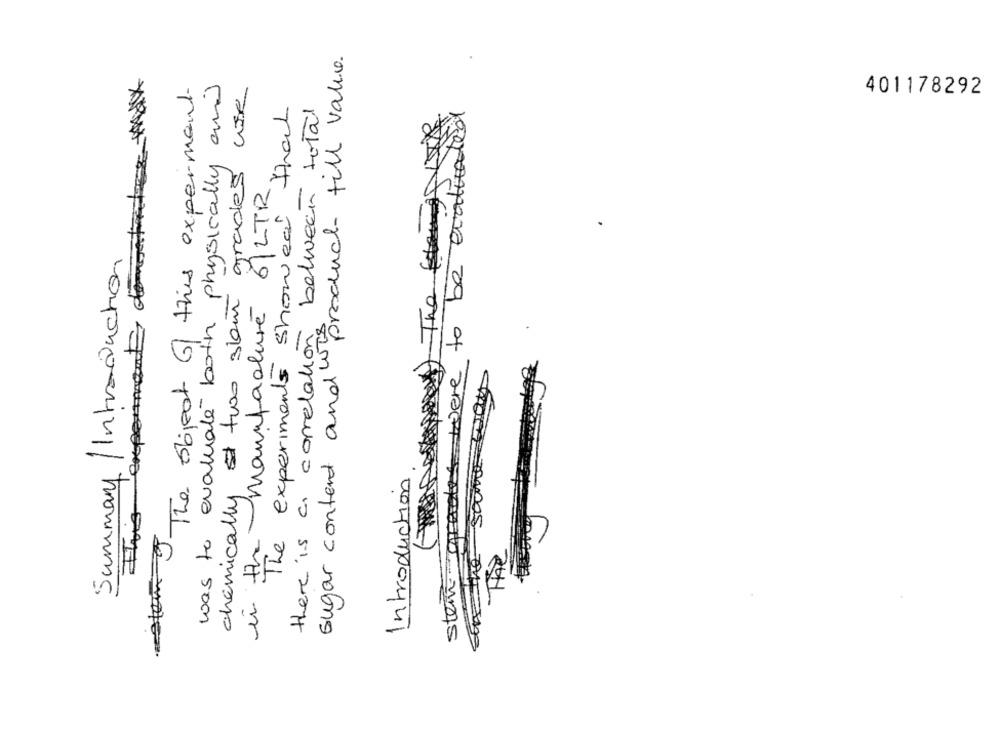
sugar content and" product full value.
This expenment, dontles Max
was to evaluate both physically and
grades use
stem The object of this experiment.
401178292
there is a correlation between total
The experiments showed that
The
were to beat
in the manufacture 6/LTR
Summary / Introduction
chemically two skem
Introduction
sten